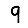
Digit: 9